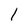
Character: l